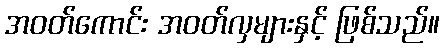
အဝတ်ကောင်း အဝတ်လှများနှင့် ဖြစ်သည်။